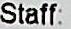
STAFF: